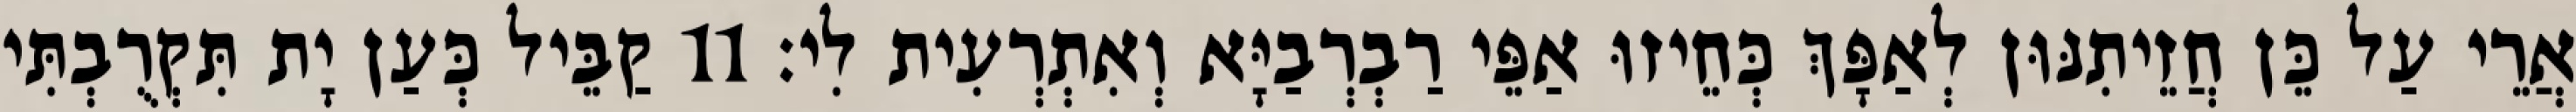
אֲרֵי עַל כֵּן חֲזֵיתִנּוּן לְאַפָּךְ כְּחֵיזוּ אַפֵּי רַבְרְבַיָּא וְאִתְרְעִית לִי׃ 11 קַבֵּיל כְּעַן יָת תִּקְרֻבְתִּי